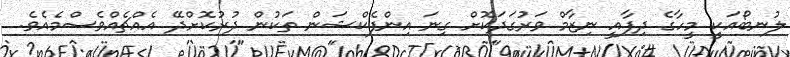
ލުނބޯއަކީ މީހާގެ ދިފާއީ ނިޒާމް ވަރުގަދަކޮށް ގިނަ އިންފެކްޝަން ތަކުން ދުރުކޮށްދޭ އެއްޗެއްވެސްމެއެވެ.